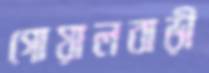
গোয়ালবাড়ী